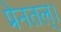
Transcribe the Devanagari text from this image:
प्रेनतल्।